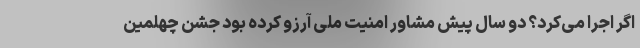
اگر اجرا می‌کرد؟ دو سال پیش مشاور امنیت ملی آرزو کرده بود جشن چهلمین